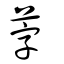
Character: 茡